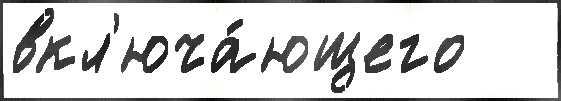
вкл'юча́ющего